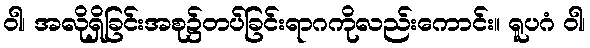
ဝါ၊ အလိုရှိခြင်းအစု၌တပ်ခြင်းရာဂကိုလည်းကောင်း။ ရူပဂံ ဝါ၊